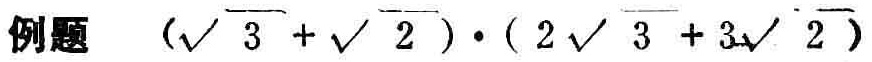
\( (\sqrt{3} + \sqrt{2}) \cdot (2\sqrt{3} + 3\sqrt{2}) \)